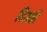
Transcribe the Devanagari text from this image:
विज्ञप्ती